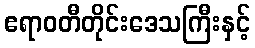
ဧရာဝတီတိုင်းဒေသကြီးနှင့်